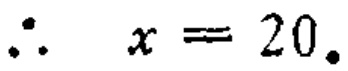
\(\therefore x = 20.\)